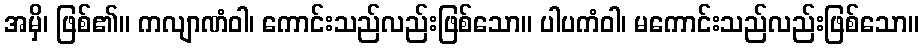
အမှိ၊ ဖြစ်၏။ ကလျာဏံဝါ၊ ကောင်းသည်လည်းဖြစ်သော။ ပါပကံဝါ၊ မကောင်းသည်လည်းဖြစ်သော။